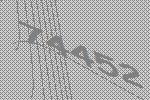
74452